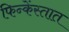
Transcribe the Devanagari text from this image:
फिन्केंस्तात